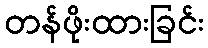
တန်ဖိုးထားခြင်း